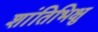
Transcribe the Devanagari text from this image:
शांतिभिक्षु